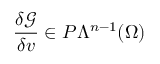
\frac { \delta \mathcal { G } } { \delta v } \in P \Lambda ^ { n - 1 } ( \Omega )